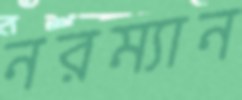
নরম্যান